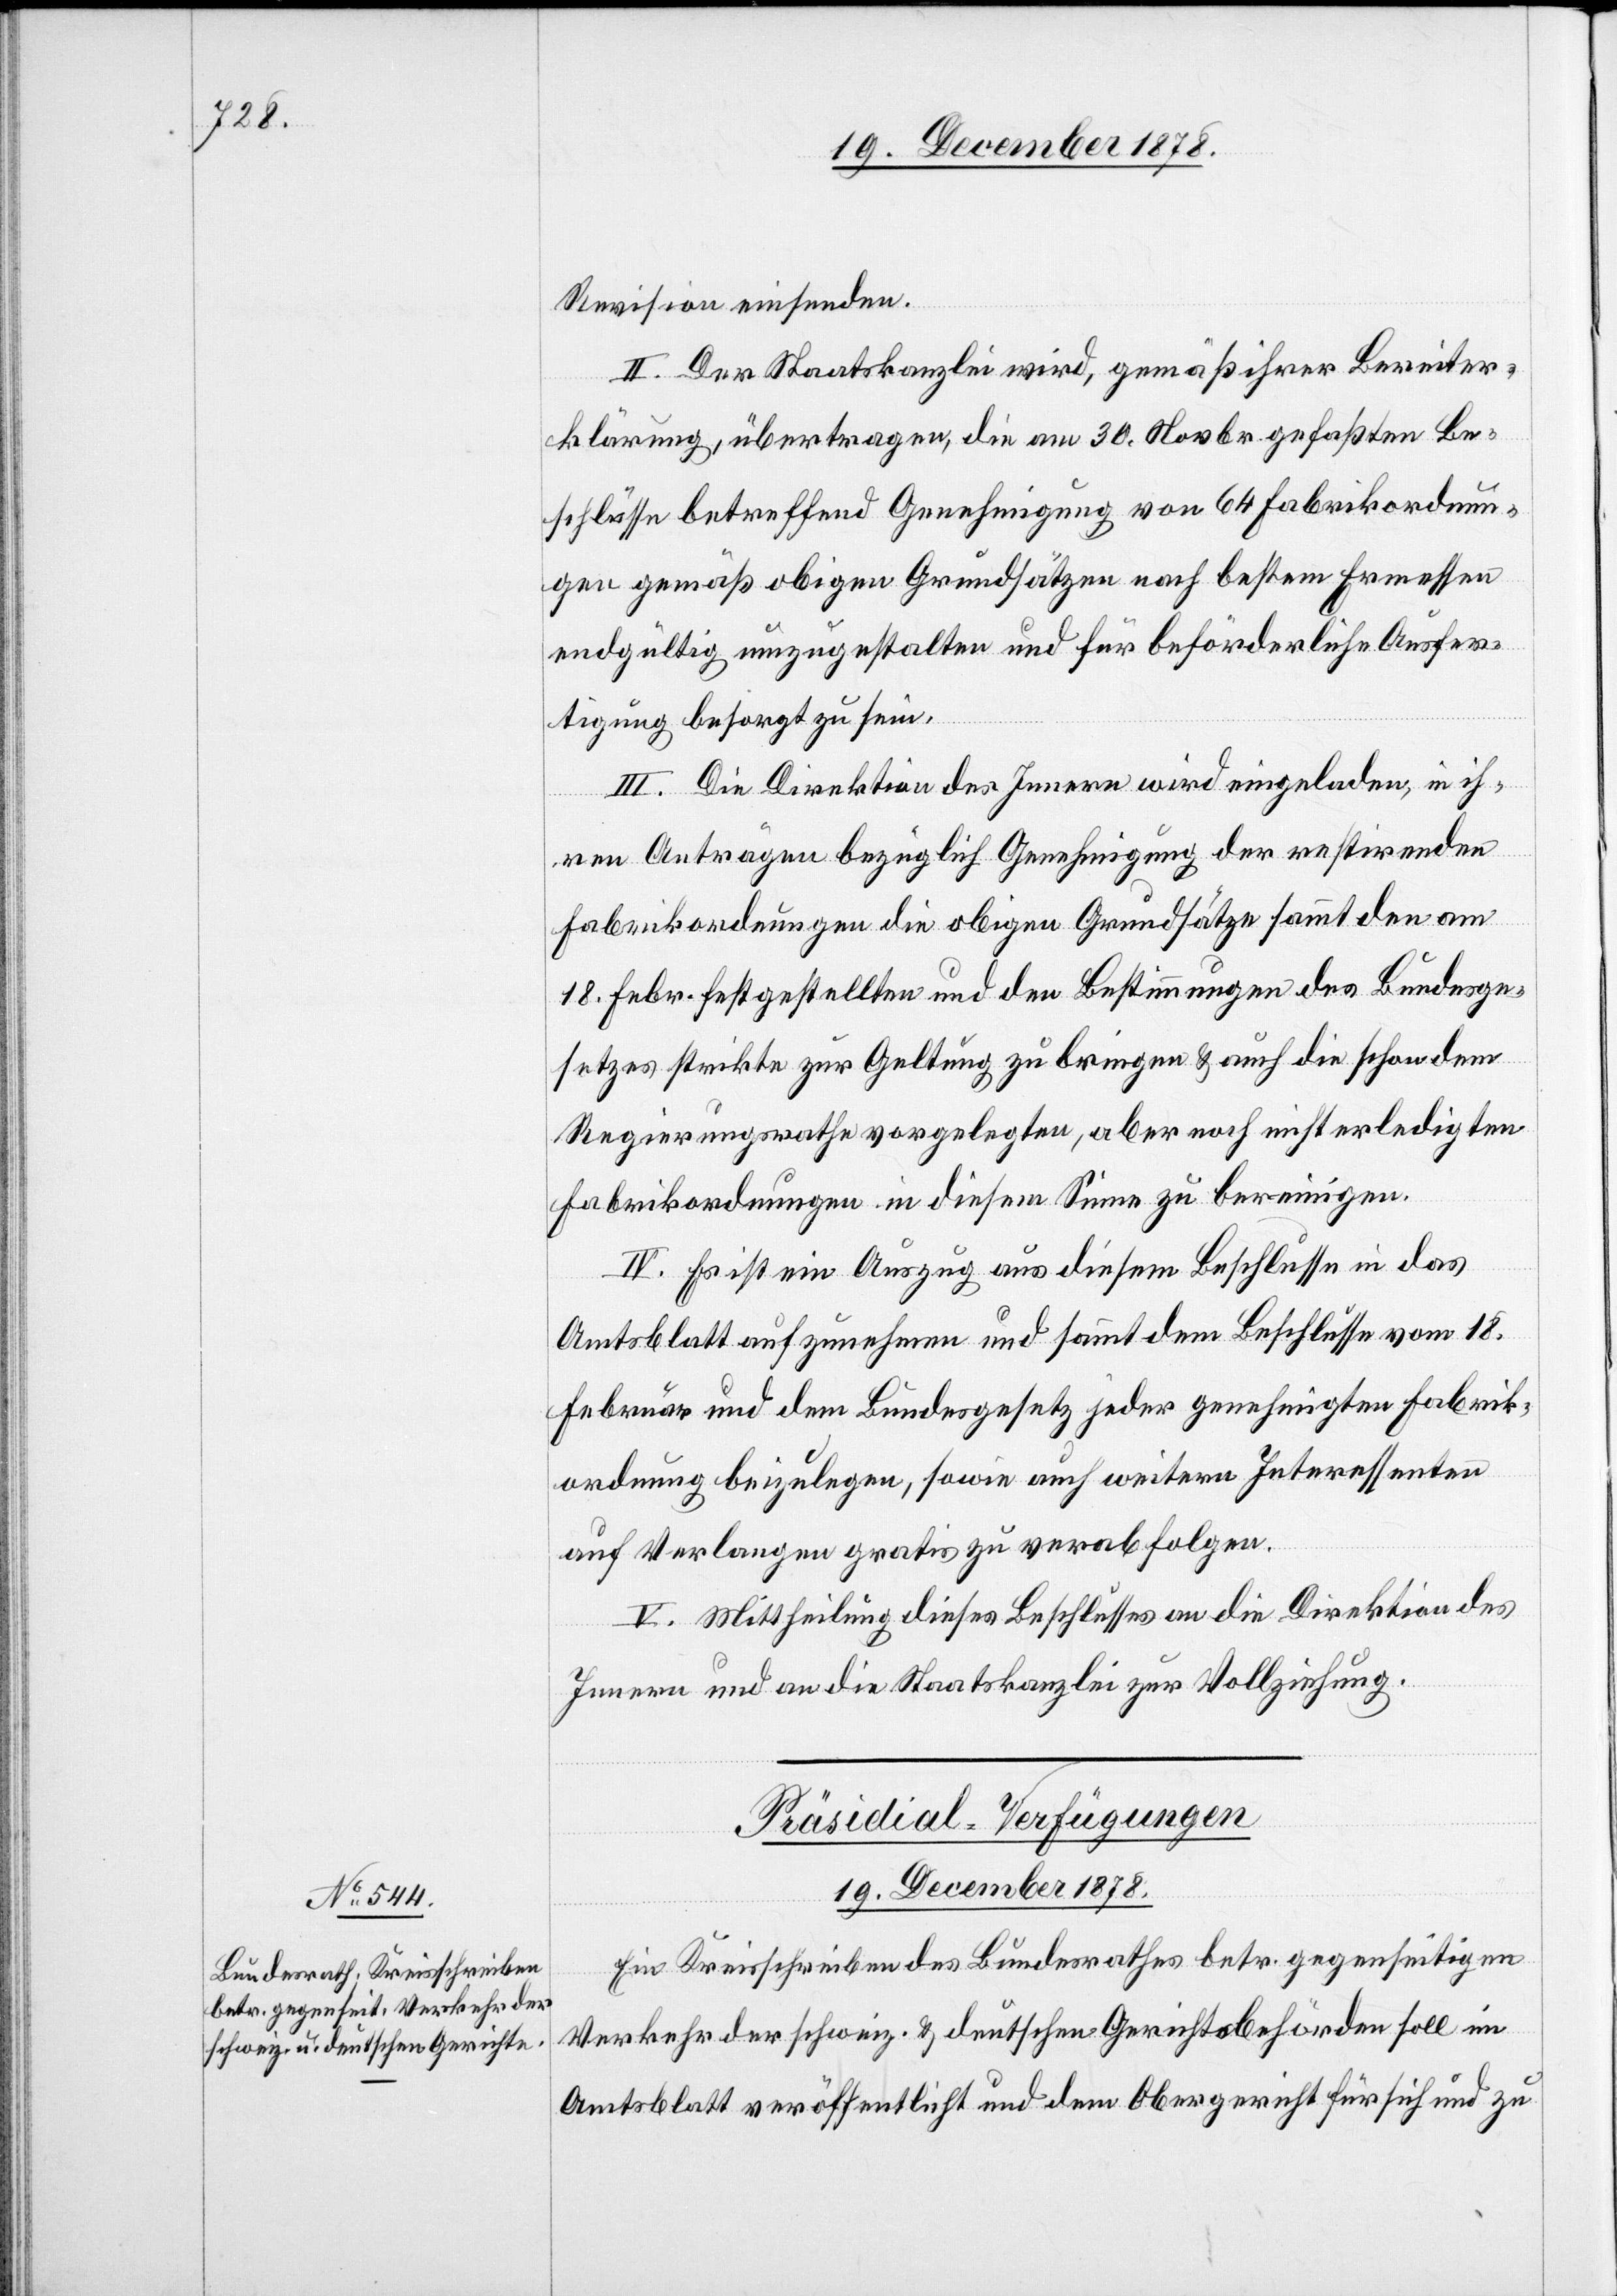
Revision einsenden.
II. Der Staatskanzlei wird, gemäß ihrer Berichter¬
klärung, übertragen, die am 30. Novbr. gefaßten Be¬
schlüsse betreffend Genehmigung von 64 Fabrikordnun¬
gen gemäß obigen Grundsätzen nach bestem Ermessen
endgültig umzugestalten und für beförderliche Ausfer¬
tigung besorgt zu sein.
III. Die Direktion des Innern wird eingeladen, in ih¬
ren Anträgen bezüglich Genehmigung der restirenden
Fabrikordnungen die obigen Grundsätze sammt den am
18. Febr. festgestellten und den Bestimmungen des Bundesge¬
setzes strikte zur Geltung zu bringen & auch die schon dem
Regierungsrathe vorgelegten, aber noch nicht erledigten
Fabrikordnungen in diesem Sinne zu bereinigen.
IV. Es ist ein Auszug aus diesem Beschlusse in das
Amtsblatt aufzunehmen und sammt dem Beschlusse vom 18.
Februar und dem Bundesgesetz jeder genehmigten Fabrik¬
ordnung beizulegen, sowie auch weitern Interessenten
auf Verlangen gratis zu verabfolgen.
V. Mittheilung dieses Beschlusses an die Direktion des
Innern und an die Staatskanzlei zur Vollziehung.
Präsidial-Verfügungen
19. December 1878.
Ein Kreisschreiben des Bundesrathes betr. gegenseitigen
Verkehr der schweiz. & deutschen Gerichtsbehörden soll im
Amtsblatt veröffentlicht und dem Obergericht für sich und zu